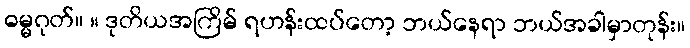
ဓမ္မဂုတ်။ ။ ဒုတိယအကြိမ် ရဟန်းထပ်တော့ ဘယ်နေရာ ဘယ်အခါမှာတုန်း။